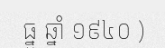
ធ្នូ ឆ្នាំ ១៩៤០ )